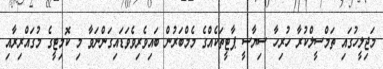
މަޖިލީހުގައި ތަމްސީލްކުރާ ހުރިހާ ސިޔާސީ ޕާޓީތަކެއްގެ މެމްބަރުން ބައިވެރިވެވަޑައިގަންނަވާ މި ކޮމިޓީގެ މުގައްރިރާއި